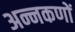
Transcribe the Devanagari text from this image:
अन्नकणों